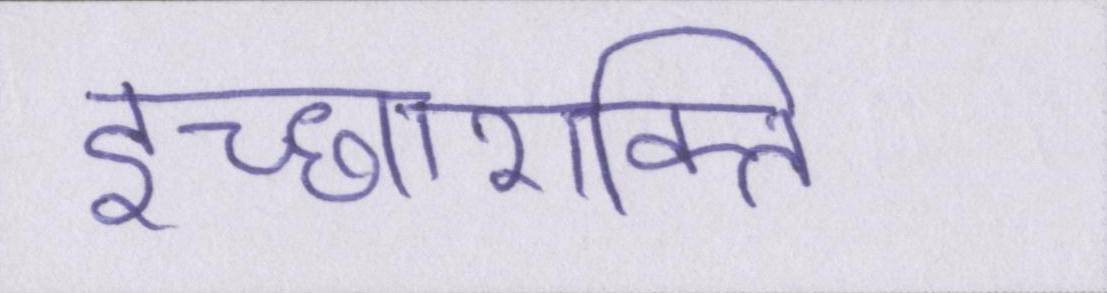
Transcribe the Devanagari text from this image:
इच्छाशक्ति